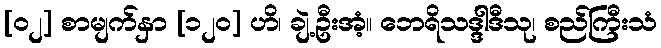
[၀၂] စာမျက်နှာ [၁၂၀] ဟိ၊ ချဲ့ဦးအံ့။ ဘေရိသဒ္ဒါဒီသု၊ စည်ကြီးသံ